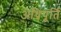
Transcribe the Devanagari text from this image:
अधिपूर्ति